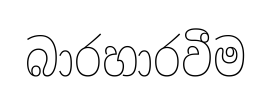
බාරහාරවීම